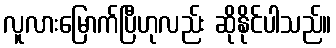
လူလားမြောက်ပြီဟုလည်း ဆိုနိုင်ပါသည်။